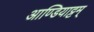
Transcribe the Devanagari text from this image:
आण्डियाट्टम्